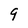
Character: 9